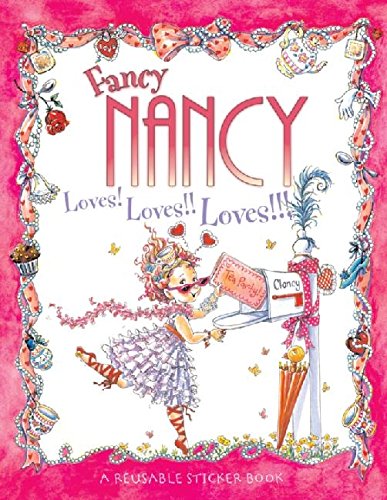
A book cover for Fancy Nancy Loves! Loves!! Loves!!! Reusable Sticker Book; Jane O'Connor; Children's Books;